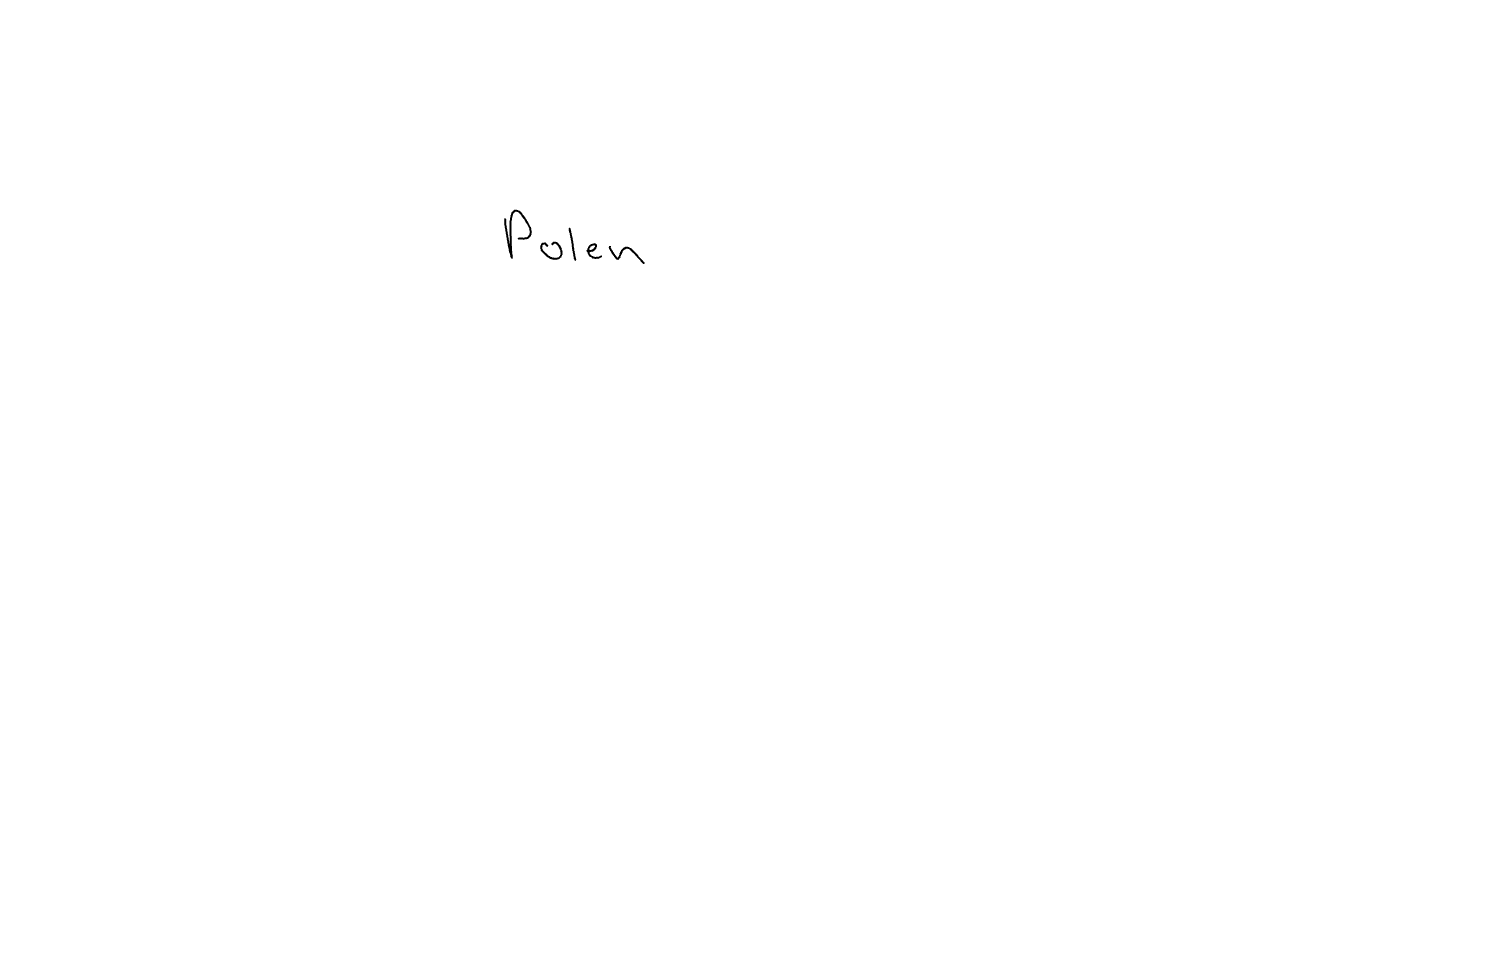
Text: Polen